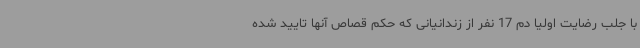
با جلب رضایت اولیا دم 17 نفر از زندانیانی که حکم قصاص آنها تایید شده